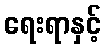
ရေးရာနှင့်